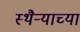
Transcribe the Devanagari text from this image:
स्थैऱ्याच्या